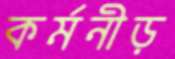
কর্মনীড়